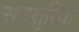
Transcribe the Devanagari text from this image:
आस्तुरिया